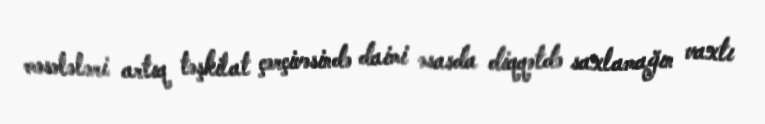
məsələləri artıq təşkilat çərçivəsində daimi əsasda diqqətdə saxlamağın vaxtı